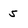
Character: 5